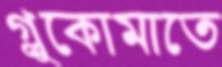
গ্লুকোমাতে